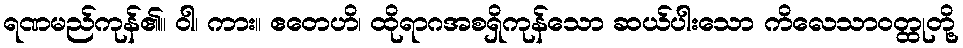
ရဏမည်ကုန်၏။ ဝါ၊ ကား။ ဧတေဟိ၊ ထိုရာဂအစရှိကုန်သော ဆယ်ပါးသော ကိလေသာဝတ္ထုတို့